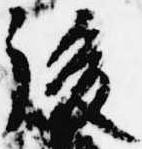
後